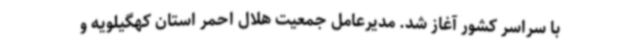
با سراسر کشور آغاز شد. مدیرعامل جمعیت هلال احمر استان کهگیلویه و